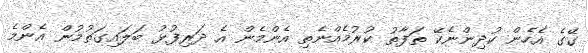
ގޭގެ އެހެން ކުދިންނެކޭ ތަފާތު ކުރުމެއްނެތި އެންމެން އެ ދަރިފުޅު ބަލައިގަތުމުން އެންމެ